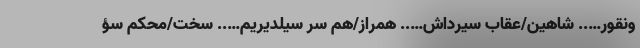
ونقور….. شاهین/عقاب سیرداش….. همراز/هم سر سیلدیریم….. سخت/محکم سؤ